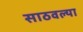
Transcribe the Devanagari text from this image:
साठवल्या